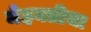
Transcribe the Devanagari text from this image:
मेहनतीचा